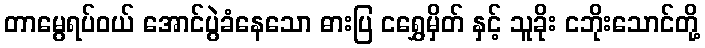
တာမွေရပ်ဝယ် အောင်ပွဲခံနေသော ဓားပြ ငရွှေမှိတ် နှင့် သူခိုး ငဘိုးသောင်တို့